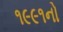
૧૯૯૧નો